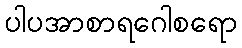
ပါပအာစာရဂေါစရော